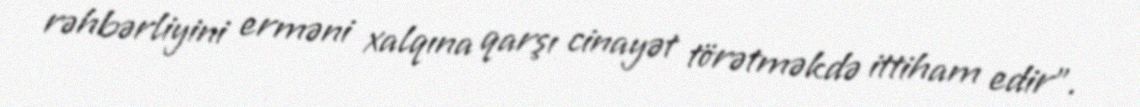
rəhbərliyini erməni xalqına qarşı cinayət törətməkdə ittiham edir".